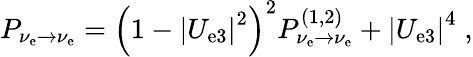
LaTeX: P_{\nu_{\mathrm{e}}\to\nu_{\mathrm{e}}}=\left(1-\left|U_{\mathrm{e}3}\right|^{2}\right)^{2}P_{\nu_{\mathrm{e}}\to\nu_{\mathrm{e}}}^{(1,2)}+\left|U_{\mathrm{e}3}\right|^{4}\; ,